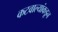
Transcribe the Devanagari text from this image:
कटवाल्यांकडून